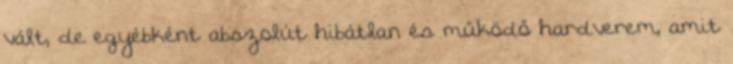
vált, de egyébként abszolút hibátlan és működő hardverem, amit